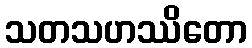
သတသဟဿိတော